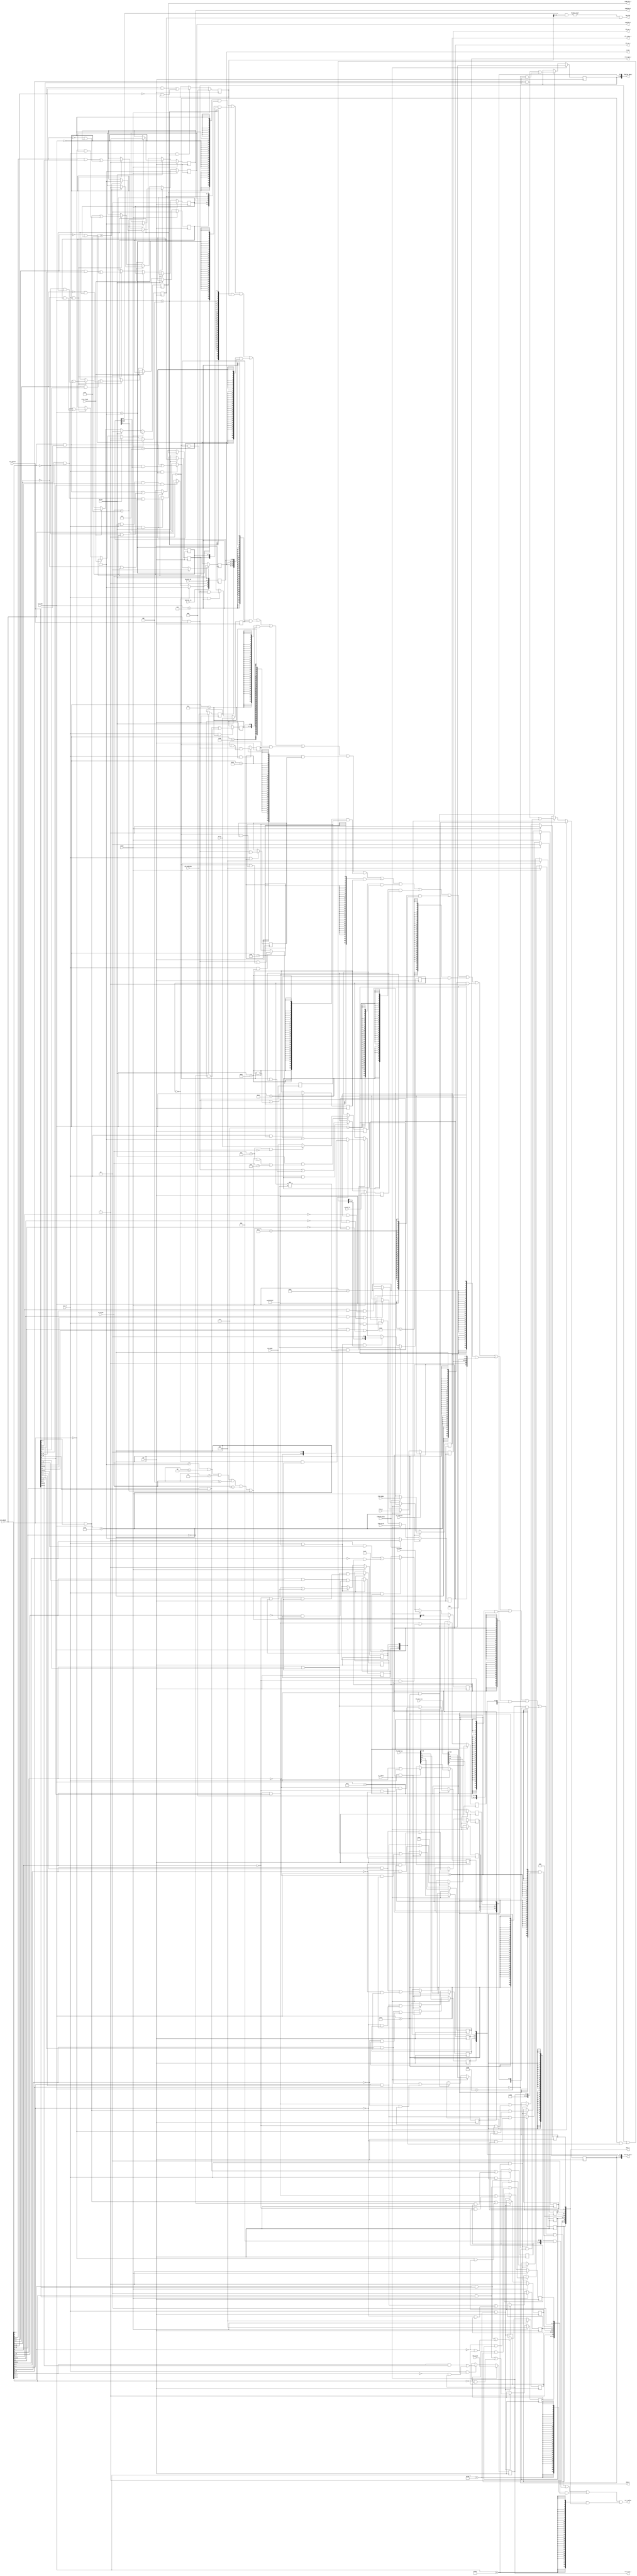
`define CSR_CRMD        12'h000
`define CSR_PRMD        12'h001
`define CSR_ECFG        12'h004
`define CSR_ESTAT       12'h005
`define CSR_ERA         12'h006
`define CSR_BADV        12'h007
`define CSR_EENTRY      12'h00c
`define CSR_TLBIDX      12'h010
`define CSR_TLBEHI      12'h011
`define CSR_TLBELO0     12'h012
`define CSR_TLBELO1     12'h013
`define CSR_ASID        12'h018
`define CSR_SAVE0       12'h030
`define CSR_SAVE1       12'h031
`define CSR_SAVE2       12'h032
`define CSR_SAVE3       12'h033
`define CSR_TID         12'h040
`define CSR_TCFG        12'h041
`define CSR_TVAL        12'h042
`define CSR_TICLR       12'h044
`define CSR_TLBRENTRY   12'h088
`define CSR_DMW0        12'h180
`define CSR_DMW1        12'h181

`define CSR_CRMD_PLV    1:0
`define CSR_CRMD_IE     2
`define CSR_CRMD_DA     3
`define CSR_CRMD_PG     4
`define CSR_CRMD_DATF   6:5
`define CSR_CRMD_DATM   8:7
`define CSR_PRMD_PPLV   1:0
`define CSR_PRMD_PIE    2
`define CSR_ECFG_LIE    12:0
`define CSR_ESTAT_IS10  1:0
`define CSR_ERA_PC      31:0
`define CSR_EENTRY_VA   31:6
`define CSR_SAVE_DATA   31:0
`define CSR_TID_TID     31:0
`define CSR_TCFG_EN     0
`define CSR_TCFG_PERIOD 1
`define CSR_TCFG_INITV  31:2
`define CSR_TICLR_CLR   0
`define CSR_TLBIDX_INDEX 3:0
`define CSR_TLBIDX_PS   29:24
`define CSR_TLBIDX_NE   31
`define CSR_TLBEHI_VPPN 31:13
`define CSR_TLBELO_D   1
`define CSR_TLBELO_V   0
`define CSR_TLBELO_PLV 3:2
`define CSR_TLBELO_MAT 5:4
`define CSR_TLBELO_G   6
`define CSR_TLBELO_PPN 27:8
`define CSR_ASID_ASID   9:0
`define CSR_ASID_ASIDBITS 23:16
`define CSR_TLBRENTRY_PA 31:6
`define CSR_DMW_PLV0   0
`define CSR_DMW_PLV3   3
`define CSR_DMW_MAT    5:4
`define CSR_DMW_PSEG   27:25
`define CSR_DMW_VSEG   31:29

`define ECODE_ADE 6'h08
`define ECODE_ALE 6'h09

`define ESUBCODE_ADEF 9'h000

module csr(
    input wire         clk, 
    input wire         reset,
    input wire  [31:0] csr_wvalue,
    input wire  [31:0] csr_wmask,
    input wire         csr_we,
    input wire  [11:0] csr_num,
    output wire [31:0] csr_rvalue,

    input wire         wb_ex, //exception signal
    input wire         ertn_flush, //ertn will flush the CRMD
    input wire  [ 5:0] wb_ecode, //for estat ecode
    input wire  [ 8:0] wb_esubcode, //for estat esubcode
    input wire  [31:0] wb_pc, //for era pc
    input wire  [ 7:0] hw_int_in, //hard interrupt, now supposed to be 8'b0
    input wire         ipi_int_in, //interprocessor(?) interrupt, now supposed to be 1'b0
    input wire  [31:0] wb_vaddr, //bad address
    input wire  [31:0] coreid_in, //for resetting tid. supposed to be 32'b0

    output wire        has_int,

    //TLB
    input wire         is_tlbsrch, //if current operating ins is TLBSRCH then set this(maybe you are accessing csr in wb.)
    input wire         is_tlbrd, //if current operating ins is TLBRD then set this
    input wire         tlbsrch_hits, //valid if TLBSRCH hits

    input wire  [ 3:0] tlb_index, //for TLBIDX_index. do TLBSRCH to write
    input wire  [ 5:0] tlb_ps, //for TLBIDX_ps. do TLBRD to write
    input wire         tlb_ne_rd, //for TLBIDX_ne. do TLBRD to write(reverse of the "E" bit of the tlb entry)(REMEMBER TO REVERSE WHEN TLBRD)
    input wire  [18:0] tlb_vppn, //for TLBEHI_vppn. do TLBRD to write
    input wire  [26:0] tlb_lo0_bus, //{PPN, G, MAT, PLV, D, V}. offer this to csr when TLBWR/TLBFILL
    input wire  [26:0] tlb_lo1_bus, //{PPN, G, MAT, PLV, D, V}. offer this to csr when TLBWR/TLBFILL
    //note that g0 and g1 should be similar
    input wire  [ 9:0] tlb_asid, //for ASID_asid. do TLBRD to write

    output wire [ 3:0] tlb_index_r, //take this when you need tlb_index
    output wire [ 5:0] tlb_ps_r, //take this when you need tlb_ps
    output wire        tlb_ne_r, //take this when you need tlb_ne(WHEN TLBWR OR TLBFILL REMEMBER TO REVERSE IN CORE)
    output wire [18:0] tlb_vppn_r, //take this when you need tlb_vppn
    output wire [26:0] tlb_lo0_bus_r, //{PPN, G, MAT, PLV, D, V}
    output wire [26:0] tlb_lo1_bus_r, //{PPN, G, MAT, PLV, D, V}
    output wire [ 9:0] tlb_asid_r, //take this when you need asid_asid
    output wire [ 5:0] ecode,

    //tlb exceptions
    output wire [ 1:0]  crmd_plv_r,
    output wire         crmd_da_r,
    output wire         crmd_pg_r,
    output wire [31:0]  dmw0_r,
    output wire [31:0]  dmw1_r

);

//all reserved seen as 0 when outputing.

//CRMD
reg [ 1:0] csr_crmd_plv;
reg        csr_crmd_ie;
reg        csr_crmd_da;
reg        csr_crmd_pg;
reg [ 1:0] csr_crmd_datf;
reg [ 1:0] csr_crmd_datm;
reg [22:0] csr_crmd_reserved;
//CRMD

//PRMD
reg [ 1:0] csr_prmd_pplv;
reg        csr_prmd_pie;
reg [28:0] csr_prmd_reserved;
//PRMD

//ECFG
reg [12:0] csr_ecfg_lie;
reg [18:0] csr_ecfg_reserved;
//ECFG

//ESTAT
reg [12:0] csr_estat_is;
reg [ 2:0] csr_estat_reserved_15_13;
reg [ 5:0] csr_estat_ecode;
reg [ 8:0] csr_estat_esubcode;
reg        csr_estat_reserved_31;
//ESTAT

//ERA
reg [31:0] csr_era_pc;
//ERA

//BADV
reg [31:0] csr_badv_vaddr;
//BADV

//EENTRY
reg [25:0] csr_eentry_va;
reg [ 5:0] csr_eentry_reserved;
//EENTRY

//SAVE
reg [31:0] csr_save0_data;
reg [31:0] csr_save1_data;
reg [31:0] csr_save2_data;
reg [31:0] csr_save3_data;
//SAVE

//TID
reg [31:0] csr_tid_tid;
//TID

//TCFG
reg        csr_tcfg_en;
reg        csr_tcfg_periodic;
reg [29:0] csr_tcfg_initval; //I'm not sure if 30bits is adequate.
//TCFG

//TVAL
wire [31:0] csr_tval;
//TVAL

//TICLR
wire       csr_ticlr_clr;
//TICLR

//TLBIDX
reg [ 3:0] csr_tlbidx_index;
reg [11:0] csr_tlbidx_reserved_15_4;
reg [ 7:0] csr_tlbidx_reserved_23_16;
reg [ 5:0] csr_tlbidx_ps;
reg        csr_tlbidx_reserved_30;
reg        csr_tlbidx_ne;
//TLBIDX

//TLBEHI
reg [12:0] csr_tlbehi_reserved;
reg [18:0] csr_tlbehi_vppn;
//TLBEHI

//TLBELO0
reg        csr_tlbelo0_v;
reg        csr_tlbelo0_d;
reg [ 1:0] csr_tlbelo0_plv;
reg [ 1:0] csr_tlbelo0_mat;
reg        csr_tlbelo0_g;
reg        csr_tlbelo0_reserved_7;
reg [19:0] csr_tlbelo0_ppn;
reg [ 3:0] csr_tlbelo0_reserved_31_28;
//TLBELO0

//TLBELO1
reg        csr_tlbelo1_v;
reg        csr_tlbelo1_d;
reg [ 1:0] csr_tlbelo1_plv;
reg [ 1:0] csr_tlbelo1_mat;
reg        csr_tlbelo1_g;
reg        csr_tlbelo1_reserved_7;
reg [19:0] csr_tlbelo1_ppn;
reg [ 3:0] csr_tlbelo1_reserved_31_28;
//TLBELO1

//ASID
reg [ 9:0] csr_asid_asid;
reg [ 5:0] csr_asid_reserved_15_10;
reg [ 7:0] csr_asid_asidbits; //=0xa
reg [ 7:0] csr_asid_reserved_31_24;
//ASID

//TLBRENTRY
reg [ 5:0] csr_tlbrentry_reserved;
reg [25:0] csr_tlbrentry_pa;
//TLBRENTRY

//DMW0
reg        csr_dmw0_plv0;
reg [ 1:0] csr_dmw0_reserved_2_1;
reg        csr_dmw0_plv3;
reg [ 1:0] csr_dmw0_mat;
reg [18:0] csr_dmw0_reserved_24_6;
reg [ 2:0] csr_dmw0_pseg;
reg        csr_dmw0_reserved_28;
reg [ 2:0] csr_dmw0_vseg;
//DMW0

//DMW1
reg        csr_dmw1_plv0;
reg [ 1:0] csr_dmw1_reserved_2_1;
reg        csr_dmw1_plv3;
reg [ 1:0] csr_dmw1_mat;
reg [18:0] csr_dmw1_reserved_24_6;
reg [ 2:0] csr_dmw1_pseg;
reg        csr_dmw1_reserved_28;
reg [ 2:0] csr_dmw1_vseg;
//DMW1

reg [31:0] timer_cnt;

always @(posedge clk) begin
    if (reset) begin
        csr_crmd_plv <= 2'b0;
        csr_crmd_da <= 1'b1;
        csr_crmd_pg <= 1'b0;
        csr_crmd_datf <= 2'b0;
        csr_crmd_datm <= 2'b0;
    end
    else if (wb_ex) begin
        csr_crmd_plv <= 2'b0;
        if(wb_ecode == 6'h3f) begin
            csr_crmd_da <= 1'b1;
            csr_crmd_pg <= 1'b0;
        end
    end
    else if (ertn_flush) begin
        csr_crmd_plv <= csr_prmd_pplv;
        if(csr_estat_ecode == 6'h3f) begin
            csr_crmd_da <= 1'b0;
            csr_crmd_pg <= 1'b1;
        end
    end
    else if (csr_we && csr_num ==`CSR_CRMD) begin
        csr_crmd_plv <= csr_wmask[`CSR_CRMD_PLV]&csr_wvalue[`CSR_CRMD_PLV]
        | ~csr_wmask[`CSR_CRMD_PLV]&csr_crmd_plv;
        csr_crmd_da <= csr_wmask[`CSR_CRMD_DA]&csr_wvalue[`CSR_CRMD_DA]
        | ~csr_wmask[`CSR_CRMD_DA]&csr_crmd_da;
        csr_crmd_pg <= csr_wmask[`CSR_CRMD_PG]&csr_wvalue[`CSR_CRMD_PG]
        | ~csr_wmask[`CSR_CRMD_PG]&csr_crmd_pg;
        csr_crmd_datf <= csr_wmask[`CSR_CRMD_DATF]&csr_wvalue[`CSR_CRMD_DATF]
        | ~csr_wmask[`CSR_CRMD_DATF]&csr_crmd_datf;
        csr_crmd_datm <= csr_wmask[`CSR_CRMD_DATM]&csr_wvalue[`CSR_CRMD_DATM]
        | ~csr_wmask[`CSR_CRMD_DATM]&csr_crmd_datm;
    end
end
assign crmd_plv_r = csr_crmd_plv;
assign crmd_da_r = csr_crmd_da;
assign crmd_pg_r = csr_crmd_pg;

always @(posedge clk) begin
    if (reset)
        csr_crmd_ie <= 1'b0;
    else if (wb_ex)
        csr_crmd_ie <= 1'b0;
    else if (ertn_flush)
        csr_crmd_ie <= csr_prmd_pie;
    else if (csr_we && csr_num==`CSR_CRMD)
        csr_crmd_ie <= csr_wmask[`CSR_CRMD_IE]&csr_wvalue[`CSR_CRMD_IE]
        | ~csr_wmask[`CSR_CRMD_IE]&csr_crmd_ie;
end

always @(posedge clk) begin
    if (wb_ex) begin
        csr_prmd_pplv <= csr_crmd_plv;
        csr_prmd_pie <= csr_crmd_ie;
    end
    else if (csr_we && csr_num==`CSR_PRMD) begin
        csr_prmd_pplv <= csr_wmask[`CSR_PRMD_PPLV]&csr_wvalue[`CSR_PRMD_PPLV]
        | ~csr_wmask[`CSR_PRMD_PPLV]&csr_prmd_pplv;
        csr_prmd_pie <= csr_wmask[`CSR_PRMD_PIE]&csr_wvalue[`CSR_PRMD_PIE]
        | ~csr_wmask[`CSR_PRMD_PIE]&csr_prmd_pie;
    end
end

always @(posedge clk) begin
    if (reset)
        csr_ecfg_lie <= 13'b0;
    else if (csr_we && csr_num==`CSR_ECFG)
        csr_ecfg_lie <= csr_wmask[`CSR_ECFG_LIE]&csr_wvalue[`CSR_ECFG_LIE]
        | ~csr_wmask[`CSR_ECFG_LIE]&csr_ecfg_lie;
end

always @(posedge clk) begin
    if (reset)
        csr_estat_is[1:0] <= 2'b0;
    else if (csr_we && csr_num==`CSR_ESTAT)
        csr_estat_is[1:0] <= csr_wmask[`CSR_ESTAT_IS10]&csr_wvalue[`CSR_ESTAT_IS10]
        | ~csr_wmask[`CSR_ESTAT_IS10]&csr_estat_is[1:0];
        csr_estat_is[9:2] <= hw_int_in[7:0];
        csr_estat_is[10] <= 1'b0;
    if (timer_cnt[31:0]==32'b0)
        csr_estat_is[11] <= 1'b1;
    else if (csr_we && csr_num==`CSR_TICLR && csr_wmask[`CSR_TICLR_CLR]
             && csr_wvalue[`CSR_TICLR_CLR])
        csr_estat_is[11] <= 1'b0;
        csr_estat_is[12] <= ipi_int_in;
end

always @(posedge clk) begin
    if (wb_ex) begin
        csr_estat_ecode <= wb_ecode;
        csr_estat_esubcode <= wb_esubcode;
    end
end

assign ecode = csr_estat_ecode;

always @(posedge clk) begin
    if (wb_ex)
        csr_era_pc <= wb_pc;
    else if (csr_we && csr_num==`CSR_ERA)
        csr_era_pc <= csr_wmask[`CSR_ERA_PC]&csr_wvalue[`CSR_ERA_PC]
        | ~csr_wmask[`CSR_ERA_PC]&csr_era_pc;
end

always @(posedge clk) begin
    if (csr_we && csr_num==`CSR_EENTRY)
        csr_eentry_va <= csr_wmask[`CSR_EENTRY_VA]&csr_wvalue[`CSR_EENTRY_VA]
        | ~csr_wmask[`CSR_EENTRY_VA]&csr_eentry_va;
end

always @(posedge clk) begin
    if (csr_we && csr_num==`CSR_SAVE0)
        csr_save0_data <= csr_wmask[`CSR_SAVE_DATA]&csr_wvalue[`CSR_SAVE_DATA]
        | ~csr_wmask[`CSR_SAVE_DATA]&csr_save0_data;
    if (csr_we && csr_num==`CSR_SAVE1)
        csr_save1_data <= csr_wmask[`CSR_SAVE_DATA]&csr_wvalue[`CSR_SAVE_DATA]
        | ~csr_wmask[`CSR_SAVE_DATA]&csr_save1_data;
    if (csr_we && csr_num==`CSR_SAVE2)
        csr_save2_data <= csr_wmask[`CSR_SAVE_DATA]&csr_wvalue[`CSR_SAVE_DATA]
        | ~csr_wmask[`CSR_SAVE_DATA]&csr_save2_data;
    if (csr_we && csr_num==`CSR_SAVE3)
        csr_save3_data <= csr_wmask[`CSR_SAVE_DATA]&csr_wvalue[`CSR_SAVE_DATA]
        | ~csr_wmask[`CSR_SAVE_DATA]&csr_save3_data;
end

wire      wb_ex_addr_err;
assign wb_ex_addr_err = wb_ecode == 6'h01 || wb_ecode == 6'h02 || wb_ecode == 6'h03 || wb_ecode == 6'h04 || wb_ecode == 6'h07 || wb_ecode == 6'h3f || wb_ecode == 6'h08 || wb_ecode == 6'h09;

always @(posedge clk) begin
    if (wb_ex && wb_ex_addr_err)
        csr_badv_vaddr <= (wb_ecode==`ECODE_ADE &&
        wb_esubcode==`ESUBCODE_ADEF) ? wb_pc : wb_vaddr;
end

always @(posedge clk) begin
    if (reset)
        csr_tid_tid <= coreid_in;
    else if (csr_we && csr_num==`CSR_TID)
        csr_tid_tid <= csr_wmask[`CSR_TID_TID]&csr_wvalue[`CSR_TID_TID]
        | ~csr_wmask[`CSR_TID_TID]&csr_tid_tid;
end

always @(posedge clk) begin
    if (reset)
        csr_tcfg_en <= 1'b0;
    else if (csr_we && csr_num==`CSR_TCFG)
        csr_tcfg_en <= csr_wmask[`CSR_TCFG_EN]&csr_wvalue[`CSR_TCFG_EN]
        | ~csr_wmask[`CSR_TCFG_EN]&csr_tcfg_en;
    if (csr_we && csr_num==`CSR_TCFG) begin
        csr_tcfg_periodic <= csr_wmask[`CSR_TCFG_PERIOD]&csr_wvalue[`CSR_TCFG_PERIOD]
        | ~csr_wmask[`CSR_TCFG_PERIOD]&csr_tcfg_periodic;
        csr_tcfg_initval <= csr_wmask[`CSR_TCFG_INITV]&csr_wvalue[`CSR_TCFG_INITV]
        | ~csr_wmask[`CSR_TCFG_INITV]&csr_tcfg_initval;
    end
end

wire [31:0] tcfg_next_value;

assign tcfg_next_value = csr_wmask[31:0]&csr_wvalue[31:0] | ~csr_wmask[31:0] & {csr_tcfg_initval, csr_tcfg_periodic, csr_tcfg_en};

always @(posedge clk) begin
    if (reset)
        timer_cnt <= 32'hffffffff;
    else if (csr_we && csr_num==`CSR_TCFG && tcfg_next_value[`CSR_TCFG_EN])
        timer_cnt <= {tcfg_next_value[`CSR_TCFG_INITV], 2'b0};
    else if (csr_tcfg_en && timer_cnt!=32'hffffffff) begin
        if (timer_cnt[31:0]==32'b0 && csr_tcfg_periodic)
            timer_cnt <= {csr_tcfg_initval, 2'b0};
        else
            timer_cnt <= timer_cnt - 1'b1;
    end
end
assign csr_tval = timer_cnt[31:0];

assign csr_ticlr_clr = 1'b0;

//TLBIDX
always@(posedge clk) begin
    if(is_tlbsrch) begin
        if(tlbsrch_hits) begin
            csr_tlbidx_index <= tlb_index;
            csr_tlbidx_ne <= 1'b0;
        end
        else begin
            csr_tlbidx_ne <= 1'b1;
        end
    end
    else if(is_tlbrd) begin 
        csr_tlbidx_ps <= tlb_ps;
        csr_tlbidx_ne <= tlb_ne_rd;
    end
    else if(csr_we && csr_num == `CSR_TLBIDX) begin
        csr_tlbidx_index <= csr_wmask[`CSR_TLBIDX_INDEX]&csr_wvalue[`CSR_TLBIDX_INDEX]
        | ~csr_wmask[`CSR_TLBIDX_INDEX]&csr_tlbidx_index;
        csr_tlbidx_ps    <= csr_wmask[`CSR_TLBIDX_PS]&csr_wvalue[`CSR_TLBIDX_PS]
        | ~csr_wmask[`CSR_TLBIDX_PS]&csr_tlbidx_ps;
        csr_tlbidx_ne    <= csr_wmask[`CSR_TLBIDX_NE]&csr_wvalue[`CSR_TLBIDX_NE]
        | ~csr_wmask[`CSR_TLBIDX_NE]&csr_tlbidx_ne;
    end
end
assign tlb_index_r = csr_tlbidx_index;
assign tlb_ps_r = csr_tlbidx_ps;
assign tlb_ne_r = csr_tlbidx_ne;

//TLBEHI
always@(posedge clk) begin 
    if(wb_ecode == 6'h01 || wb_ecode == 6'h02 || wb_ecode == 6'h03 || wb_ecode == 6'h04 || wb_ecode == 6'h07 || wb_ecode == 6'h3f) begin
        csr_tlbehi_vppn <= wb_vaddr[31:13];
    end
    else if(is_tlbrd) begin
        csr_tlbehi_vppn <= tlb_vppn;
    end
    else if(csr_we && csr_num == `CSR_TLBEHI) begin 
        csr_tlbehi_vppn <= csr_wmask[`CSR_TLBEHI_VPPN]&csr_wvalue[`CSR_TLBEHI_VPPN]
        | ~csr_wmask[`CSR_TLBEHI_VPPN]&csr_tlbehi_vppn;
    end
end
assign tlb_vppn_r = csr_tlbehi_vppn;

//TLBELO0
wire        v0;
wire        d0;
wire [ 1:0] plv0;
wire [ 1:0] mat0;
wire        g0;
wire [19:0] ppn0;
assign {ppn0, g0, mat0, plv0, d0, v0} = tlb_lo0_bus;
always@(posedge clk) begin
    if(is_tlbrd) begin 
        csr_tlbelo0_g <= g0;
        csr_tlbelo0_v <= v0;
        csr_tlbelo0_d <= d0;
        csr_tlbelo0_plv <= plv0;
        csr_tlbelo0_mat <= mat0;
        csr_tlbelo0_ppn <= ppn0;
    end
    else if(csr_we && csr_num == `CSR_TLBELO0) begin 
        csr_tlbelo0_d <= csr_wmask[`CSR_TLBELO_D]&csr_wvalue[`CSR_TLBELO_D]
        | ~csr_wmask[`CSR_TLBELO_D]&csr_tlbelo0_d;
        csr_tlbelo0_v <= csr_wmask[`CSR_TLBELO_V]&csr_wvalue[`CSR_TLBELO_V]
        | ~csr_wmask[`CSR_TLBELO_V]&csr_tlbelo0_v;
        csr_tlbelo0_plv <= csr_wmask[`CSR_TLBELO_PLV]&csr_wvalue[`CSR_TLBELO_PLV]
        | ~csr_wmask[`CSR_TLBELO_PLV]&csr_tlbelo0_plv;
        csr_tlbelo0_mat <= csr_wmask[`CSR_TLBELO_MAT]&csr_wvalue[`CSR_TLBELO_MAT]
        | ~csr_wmask[`CSR_TLBELO_MAT]&csr_tlbelo0_mat;
        csr_tlbelo0_g <= csr_wmask[`CSR_TLBELO_G]&csr_wvalue[`CSR_TLBELO_G]
        | ~csr_wmask[`CSR_TLBELO_G]&csr_tlbelo0_g;
        csr_tlbelo0_ppn <= csr_wmask[`CSR_TLBELO_PPN]&csr_wvalue[`CSR_TLBELO_PPN]
        | ~csr_wmask[`CSR_TLBELO_PPN]&csr_tlbelo0_ppn;
    end
end
assign tlb_lo0_bus_r = {csr_tlbelo0_ppn, csr_tlbelo0_g, csr_tlbelo0_mat, csr_tlbelo0_plv, csr_tlbelo0_d, csr_tlbelo0_v};

//TLBELO1
wire        v1;
wire        d1;
wire [ 1:0] plv1;
wire [ 1:0] mat1;
wire        g1;
wire [19:0] ppn1;
assign {ppn1, g1, mat1, plv1, d1, v1} = tlb_lo1_bus;
always@(posedge clk) begin
    if(is_tlbrd) begin 
        csr_tlbelo1_g <= g1;
        csr_tlbelo1_v <= v1;
        csr_tlbelo1_d <= d1;
        csr_tlbelo1_plv <= plv1;
        csr_tlbelo1_mat <= mat1;
        csr_tlbelo1_ppn <= ppn1;
    end
    else if(csr_we && csr_num == `CSR_TLBELO1) begin 
        csr_tlbelo1_d <= csr_wmask[`CSR_TLBELO_D]&csr_wvalue[`CSR_TLBELO_D]
        | ~csr_wmask[`CSR_TLBELO_D]&csr_tlbelo1_d;
        csr_tlbelo1_v <= csr_wmask[`CSR_TLBELO_V]&csr_wvalue[`CSR_TLBELO_V]
        | ~csr_wmask[`CSR_TLBELO_V]&csr_tlbelo1_v;
        csr_tlbelo1_plv <= csr_wmask[`CSR_TLBELO_PLV]&csr_wvalue[`CSR_TLBELO_PLV]
        | ~csr_wmask[`CSR_TLBELO_PLV]&csr_tlbelo1_plv;
        csr_tlbelo1_mat <= csr_wmask[`CSR_TLBELO_MAT]&csr_wvalue[`CSR_TLBELO_MAT]
        | ~csr_wmask[`CSR_TLBELO_MAT]&csr_tlbelo1_mat;
        csr_tlbelo1_g <= csr_wmask[`CSR_TLBELO_G]&csr_wvalue[`CSR_TLBELO_G]
        | ~csr_wmask[`CSR_TLBELO_G]&csr_tlbelo1_g;
        csr_tlbelo1_ppn <= csr_wmask[`CSR_TLBELO_PPN]&csr_wvalue[`CSR_TLBELO_PPN]
        | ~csr_wmask[`CSR_TLBELO_PPN]&csr_tlbelo1_ppn;
    end
end
assign tlb_lo1_bus_r = {csr_tlbelo1_ppn, csr_tlbelo1_g, csr_tlbelo1_mat, csr_tlbelo1_plv, csr_tlbelo1_d, csr_tlbelo1_v};

//ASID
always@(posedge clk) begin 
    if(is_tlbrd) begin 
        csr_asid_asid <= tlb_asid;
    end
    else if(csr_we && csr_num == `CSR_ASID) begin 
        csr_asid_asid <= csr_wmask[`CSR_ASID_ASID]&csr_wvalue[`CSR_ASID_ASID]
        | ~csr_wmask[`CSR_ASID_ASID]&csr_asid_asid;
    end
end
assign tlb_asid_r = csr_asid_asid;

//TLBRENTRY
always@(posedge clk) begin 
    if(csr_we && csr_num == `CSR_TLBRENTRY) begin 
        csr_tlbrentry_pa <= csr_wmask[`CSR_TLBRENTRY_PA]&csr_wvalue[`CSR_TLBRENTRY_PA]
        | ~csr_wmask[`CSR_TLBRENTRY_PA]&csr_tlbrentry_pa;
    end
end
//when ex_refill, you should set csr_num to `CSR_TLBRENTRY to read this csr.

//DMW0
always@(posedge clk) begin
    if(reset) begin
        csr_dmw0_plv0 <= 1'b0;
        csr_dmw0_plv3 <= 1'b0;
        csr_dmw0_vseg <= 3'b0;
        csr_dmw0_pseg <= 3'b0;
        csr_dmw0_mat  <= 2'b0;
    end
    else if(csr_we && csr_num == `CSR_DMW0) begin 
        csr_dmw0_plv0 <= csr_wmask[`CSR_DMW_PLV0]&csr_wvalue[`CSR_DMW_PLV0]
        | ~csr_wmask[`CSR_DMW_PLV0]&csr_dmw0_plv0;
        csr_dmw0_plv3 <= csr_wmask[`CSR_DMW_PLV3]&csr_wvalue[`CSR_DMW_PLV3]
        | ~csr_wmask[`CSR_DMW_PLV3]&csr_dmw0_plv3;
        csr_dmw0_mat <= csr_wmask[`CSR_DMW_MAT]&csr_wvalue[`CSR_DMW_MAT]
        | ~csr_wmask[`CSR_DMW_MAT]&csr_dmw0_mat;
        csr_dmw0_pseg <= csr_wmask[`CSR_DMW_PSEG]&csr_wvalue[`CSR_DMW_PSEG]
        | ~csr_wmask[`CSR_DMW_PSEG]&csr_dmw0_pseg;
        csr_dmw0_vseg <= csr_wmask[`CSR_DMW_VSEG]&csr_wvalue[`CSR_DMW_VSEG]
        | ~csr_wmask[`CSR_DMW_VSEG]&csr_dmw0_vseg;
    end
end

//DMW1
always@(posedge clk) begin
    if(reset) begin
        csr_dmw1_plv0 <= 1'b0;
        csr_dmw1_plv3 <= 1'b0;
        csr_dmw1_vseg <= 3'b0;
        csr_dmw1_pseg <= 3'b0;
        csr_dmw1_mat  <= 2'b0;
    end
    else if(csr_we && csr_num == `CSR_DMW1) begin 
        csr_dmw1_plv0 <= csr_wmask[`CSR_DMW_PLV0]&csr_wvalue[`CSR_DMW_PLV0]
        | ~csr_wmask[`CSR_DMW_PLV0]&csr_dmw1_plv0;
        csr_dmw1_plv3 <= csr_wmask[`CSR_DMW_PLV3]&csr_wvalue[`CSR_DMW_PLV3]
        | ~csr_wmask[`CSR_DMW_PLV3]&csr_dmw1_plv3;
        csr_dmw1_mat <= csr_wmask[`CSR_DMW_MAT]&csr_wvalue[`CSR_DMW_MAT]
        | ~csr_wmask[`CSR_DMW_MAT]&csr_dmw1_mat;
        csr_dmw1_pseg <= csr_wmask[`CSR_DMW_PSEG]&csr_wvalue[`CSR_DMW_PSEG]
        | ~csr_wmask[`CSR_DMW_PSEG]&csr_dmw1_pseg;
        csr_dmw1_vseg <= csr_wmask[`CSR_DMW_VSEG]&csr_wvalue[`CSR_DMW_VSEG]
        | ~csr_wmask[`CSR_DMW_VSEG]&csr_dmw1_vseg;
    end
end

wire [31:0] csr_crmd_rvalue;
wire [31:0] csr_prmd_rvalue;
wire [31:0] csr_ecfg_rvalue;
wire [31:0] csr_estat_rvalue;
wire [31:0] csr_era_rvalue;
wire [31:0] csr_eentry_rvalue;
wire [31:0] csr_save0_rvalue;
wire [31:0] csr_save1_rvalue;
wire [31:0] csr_save2_rvalue;
wire [31:0] csr_save3_rvalue;
wire [31:0] csr_badv_rvalue;
wire [31:0] csr_tid_rvalue;
wire [31:0] csr_tcfg_rvalue;
wire [31:0] csr_tval_rvalue;
wire [31:0] csr_ticlr_rvalue;
wire [31:0] csr_tlbidx_rvalue;
wire [31:0] csr_tlbehi_rvalue;
wire [31:0] csr_tlbelo0_rvalue;
wire [31:0] csr_tlbelo1_rvalue;
wire [31:0] csr_asid_rvalue;
wire [31:0] csr_tlbrentry_rvalue;
wire [31:0] csr_dmw0_rvalue;
wire [31:0] csr_dmw1_rvalue;

assign csr_crmd_rvalue   = {23'b0, csr_crmd_datm, csr_crmd_datf, csr_crmd_pg, csr_crmd_da, csr_crmd_ie, csr_crmd_plv};
assign csr_prmd_rvalue   = {29'b0, csr_prmd_pie, csr_prmd_pplv};
assign csr_ecfg_rvalue   = {19'b0, csr_ecfg_lie};
assign csr_estat_rvalue  = {1'b0, csr_estat_esubcode, csr_estat_ecode, 3'b0, csr_estat_is};
assign csr_era_rvalue    = csr_era_pc;
assign csr_eentry_rvalue = {csr_eentry_va, 6'b0};
assign csr_save0_rvalue  = csr_save0_data;
assign csr_save1_rvalue  = csr_save1_data;
assign csr_save2_rvalue  = csr_save2_data;
assign csr_save3_rvalue  = csr_save3_data;
assign csr_badv_rvalue   = csr_badv_vaddr;
assign csr_tid_rvalue    = csr_tid_tid;
assign csr_tcfg_rvalue   = {csr_tcfg_initval, csr_tcfg_periodic, csr_tcfg_en};
assign csr_tval_rvalue   = csr_tval;
assign csr_ticlr_rvalue  = {31'b0, csr_ticlr_clr};
assign csr_tlbidx_rvalue = {csr_tlbidx_ne, 1'b0, csr_tlbidx_ps, 8'b0, 12'b0, csr_tlbidx_index};
assign csr_tlbehi_rvalue = {csr_tlbehi_vppn, 13'b0};
assign csr_tlbelo0_rvalue = {4'b0, csr_tlbelo0_ppn, 1'b0, csr_tlbelo0_g, csr_tlbelo0_mat, csr_tlbelo0_plv, csr_tlbelo0_d, csr_tlbelo0_v};
assign csr_tlbelo1_rvalue = {4'b0, csr_tlbelo1_ppn, 1'b0, csr_tlbelo1_g, csr_tlbelo1_mat, csr_tlbelo1_plv, csr_tlbelo1_d, csr_tlbelo1_v};
assign csr_asid_rvalue   = {8'b0, 8'h0a, 6'b0, csr_asid_asid};
assign csr_tlbrentry_rvalue = {csr_tlbrentry_pa, 6'b0};
assign csr_dmw0_rvalue   = {csr_dmw0_vseg, 1'b0, csr_dmw0_pseg, 19'b0, csr_dmw0_mat, csr_dmw0_plv3, 2'b0, csr_dmw0_plv0};
assign csr_dmw1_rvalue   = {csr_dmw1_vseg, 1'b0, csr_dmw1_pseg, 19'b0, csr_dmw1_mat, csr_dmw1_plv3, 2'b0, csr_dmw1_plv0};

assign dmw0_r = csr_dmw0_rvalue;
assign dmw1_r = csr_dmw1_rvalue;

assign csr_rvalue = {32{csr_num == `CSR_CRMD}} & csr_crmd_rvalue
                    | {32{csr_num == `CSR_PRMD}} & csr_prmd_rvalue
                    | {32{csr_num == `CSR_ECFG}} & csr_ecfg_rvalue
                    | {32{csr_num == `CSR_ESTAT}} & csr_estat_rvalue
                    | {32{csr_num == `CSR_ERA}} & csr_era_rvalue
                    | {32{csr_num == `CSR_EENTRY}} & csr_eentry_rvalue
                    | {32{csr_num == `CSR_SAVE0}} & csr_save0_rvalue
                    | {32{csr_num == `CSR_SAVE1}} & csr_save1_rvalue
                    | {32{csr_num == `CSR_SAVE2}} & csr_save2_rvalue
                    | {32{csr_num == `CSR_SAVE3}} & csr_save3_rvalue
                    | {32{csr_num == `CSR_BADV}} & csr_badv_rvalue
                    | {32{csr_num == `CSR_TID}} & csr_tid_rvalue
                    | {32{csr_num == `CSR_TCFG}} & csr_tcfg_rvalue
                    | {32{csr_num == `CSR_TVAL}} & csr_tval_rvalue
                    | {32{csr_num == `CSR_TICLR}} & csr_ticlr_rvalue
                    | {32{csr_num == `CSR_TLBIDX}} & csr_tlbidx_rvalue
                    | {32{csr_num == `CSR_TLBEHI}} & csr_tlbehi_rvalue
                    | {32{csr_num == `CSR_TLBELO0}} & csr_tlbelo0_rvalue
                    | {32{csr_num == `CSR_TLBELO1}} & csr_tlbelo1_rvalue
                    | {32{csr_num == `CSR_ASID}} & csr_asid_rvalue
                    | {32{csr_num == `CSR_TLBRENTRY}} & csr_tlbrentry_rvalue
                    | {32{csr_num == `CSR_DMW0}} & csr_dmw0_rvalue
                    | {32{csr_num == `CSR_DMW1}} & csr_dmw1_rvalue;

assign has_int = ((csr_estat_is[11:0] & csr_ecfg_lie[11:0]) != 12'b0) && (csr_crmd_ie == 1'b1);

endmodule